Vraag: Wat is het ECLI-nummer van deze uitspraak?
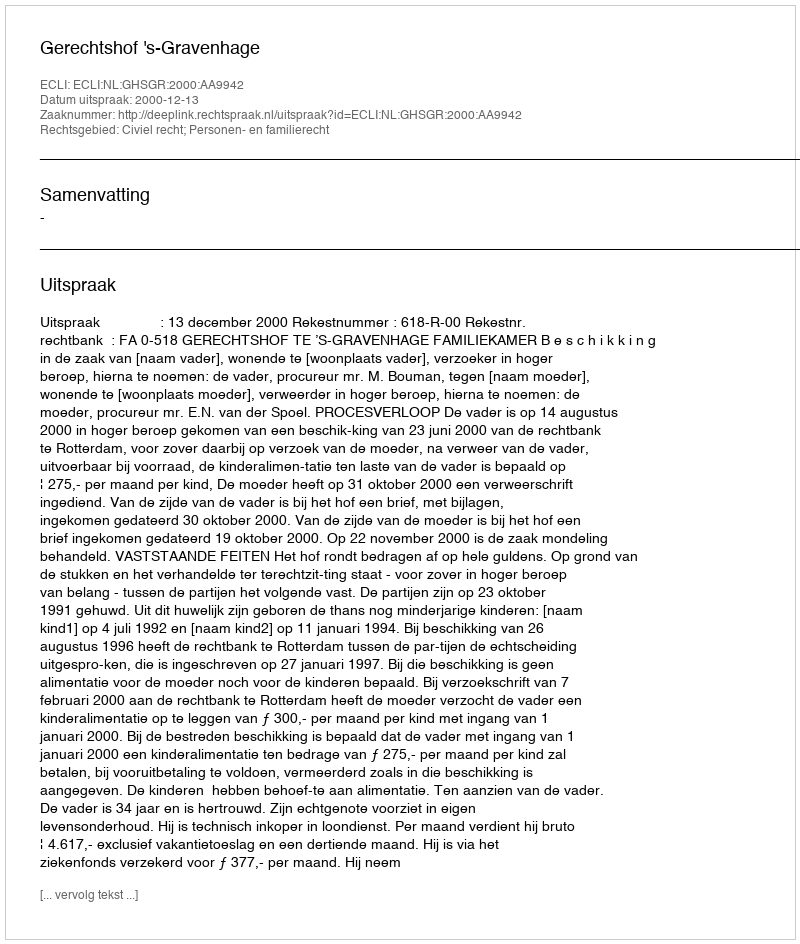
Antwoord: ECLI:NL:GHSGR:2000:AA9942